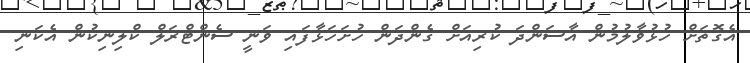
އެގޮތަށް ހުޅުވާލުމުން އާސަންދަ ކުރިއަށް ގެންދަން ހުށަހަޅާފައި ވަނީ ސެންޓްރަލް ކްލިނިކުން އެކަނި